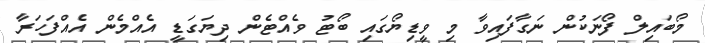
މޯބައިލް ފޯނަކުން ނަގާފައިވާ މި ވީޑިޔޯގައި ބޯޓު ވެއްޓެން ދިޔަގަޑީ އެއްމެން އެއްފަހަރާ